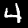
Digit: 4